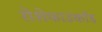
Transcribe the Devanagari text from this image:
रोशेफाउकॉड